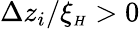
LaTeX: \Delta z_{i}/\xi_{{\scriptscriptstyle H}}>0